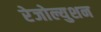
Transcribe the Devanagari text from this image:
रेजोल्युशन